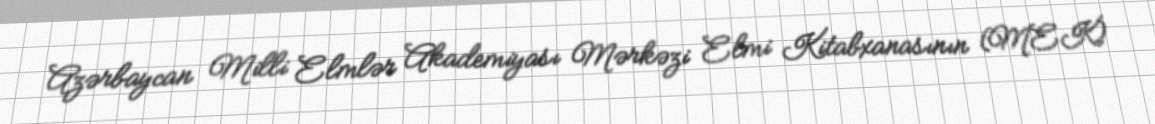
Azərbaycan Milli Elmlər Akademiyası Mərkəzi Elmi Kitabxanasının (MEK)